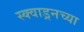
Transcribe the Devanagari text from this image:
स्क्वाड्रनच्या